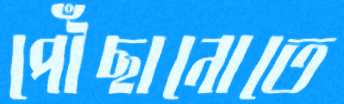
পৌঁছানোতে